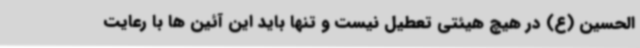
الحسین (ع) در هیچ هیئتی تعطیل نیست و تنها باید این آئین ها با رعایت